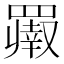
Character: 𬙨